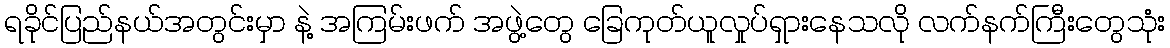
ရခိုင်ပြည်နယ်အတွင်းမှာ နဲ့ အကြမ်းဖက် အဖွဲ့တွေ ခြေကုတ်ယူလှုပ်ရှားနေသလို လက်နက်ကြီးတွေသုံး